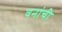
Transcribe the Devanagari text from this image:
वनांची